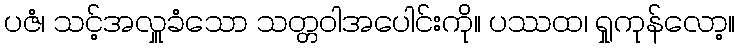
ပဇံ၊ သင့်အလှူခံသော သတ္တဝါအပေါင်းကို။ ပဿထ၊ ရှုကုန်လော့။